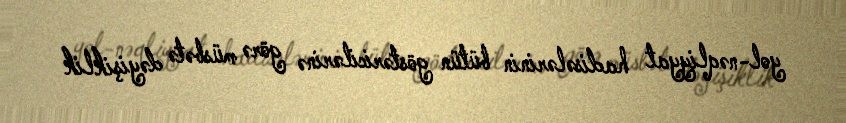
yol-nəqliyyat hadisələrinin bütün göstəricilərinə görə müsbətə dəyişiklik